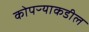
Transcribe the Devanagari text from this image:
कोपऱ्याकडील